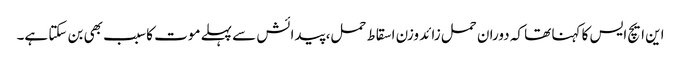
این ایچ ایس کا کہنا تھا کہ دوران حمل زائد وزن اسقاط حمل، پیدائش سے پہلے موت کا سبب بھی بن سکتا ہے۔